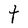
Character: t